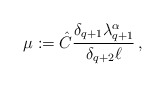
\begin{align*}\mu := \hat{C} \frac{\delta_{q+1} \lambda_{q+1}^\alpha}{\delta_{q+2} \ell}\, ,\end{align*}